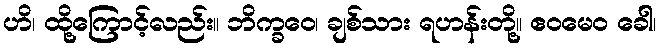
ဟိ၊ ထို့ကြောင့်လည်း။ ဘိက္ခဝေ၊ ချစ်သား ရဟန်းတို့။ ဧဝမေဝ ခေါ၊